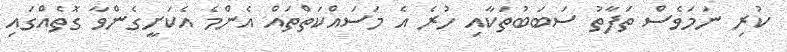
ކުރި ނަމަވެސް ތަފާތު ސަބަބުތަކާއި ހުރެ އެ މަސައްކަތްތައް އެންމެ އެކަށީގެންވާ ގޮތެއްގައި